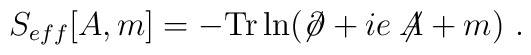
S_{eff}[A,m]=-\mbox{Tr}\ln (\not{\!\partial}+ie\not{\!\!A}+m)\ .